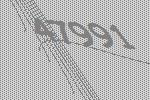
47991